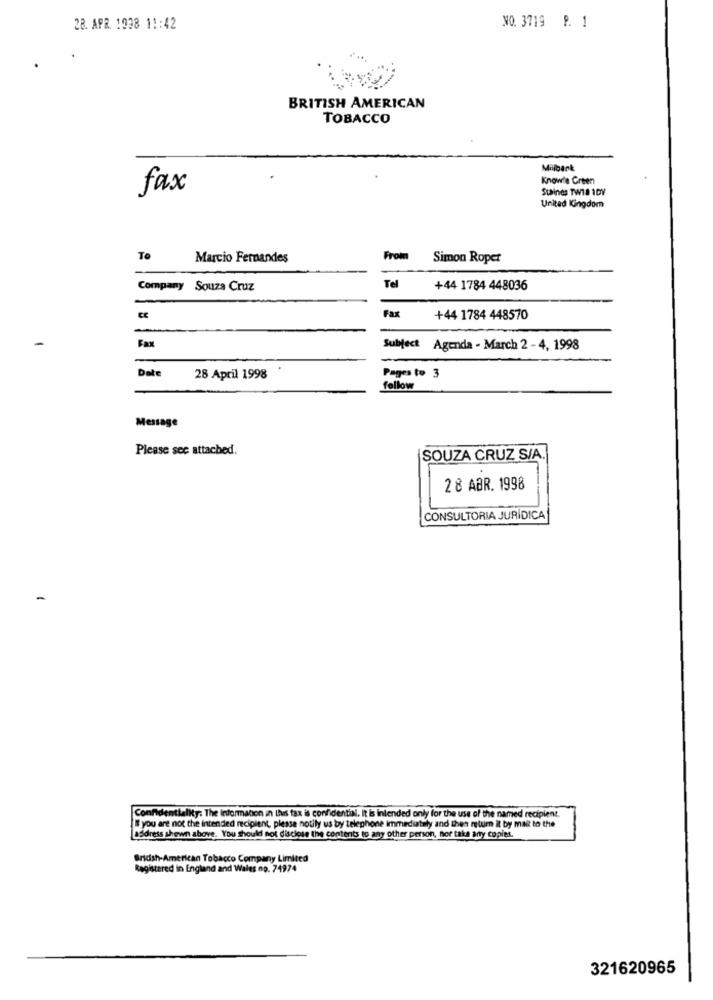
28. APR. 1938 11:42
NO. 3719 P. 1
BRITISH AMERICAN
TOBACCO
Milbank
Know'e Green
fax
Staines TW18 1DV
United Kingdom
To
Marcio Fernandes
From
Simon Roper
Company
Souza Cruz
Tel
+44 1784 448036
Fax
+44 1784 448570
Fax
Subject Agenda - March 2 - 4, 1998
Date
28 April 1998
Pages to 3
fellow
Message
Please see attached.
SOUZA CRUZ S/A.
28 ABR. 1998
CONSULTORIA JURÍDICA
Confidentiality: The Information in this fax is confidential. It is intended only for the use of the named recipient
you are not the intended recipient, please notify us by telephone immediately and then return it by mas to the
address shown above. You should not disclose the contents to any other person, nor take any copies.
Bridsh-American Tobacco Company Limited
Registered in England and Wales no. 74974
321620965